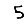
Digit: 5